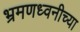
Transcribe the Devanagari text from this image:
भ्रमणध्वनीच्या